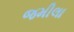
જમીલા